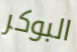
البوكر